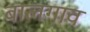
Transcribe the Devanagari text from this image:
बालगाव